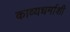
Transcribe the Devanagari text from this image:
काव्यधर्माशी